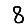
Digit: 8